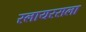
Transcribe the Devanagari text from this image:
स्लायरसला